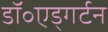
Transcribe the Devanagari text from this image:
डॉ॰एड्गर्टन